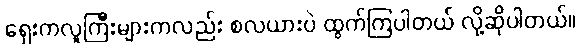
ရှေးကလူကြီးများကလည်း စလယားပဲ ထွက်ကြပါတယ် လို့ဆိုပါတယ်။